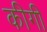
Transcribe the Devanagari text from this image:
कीगी